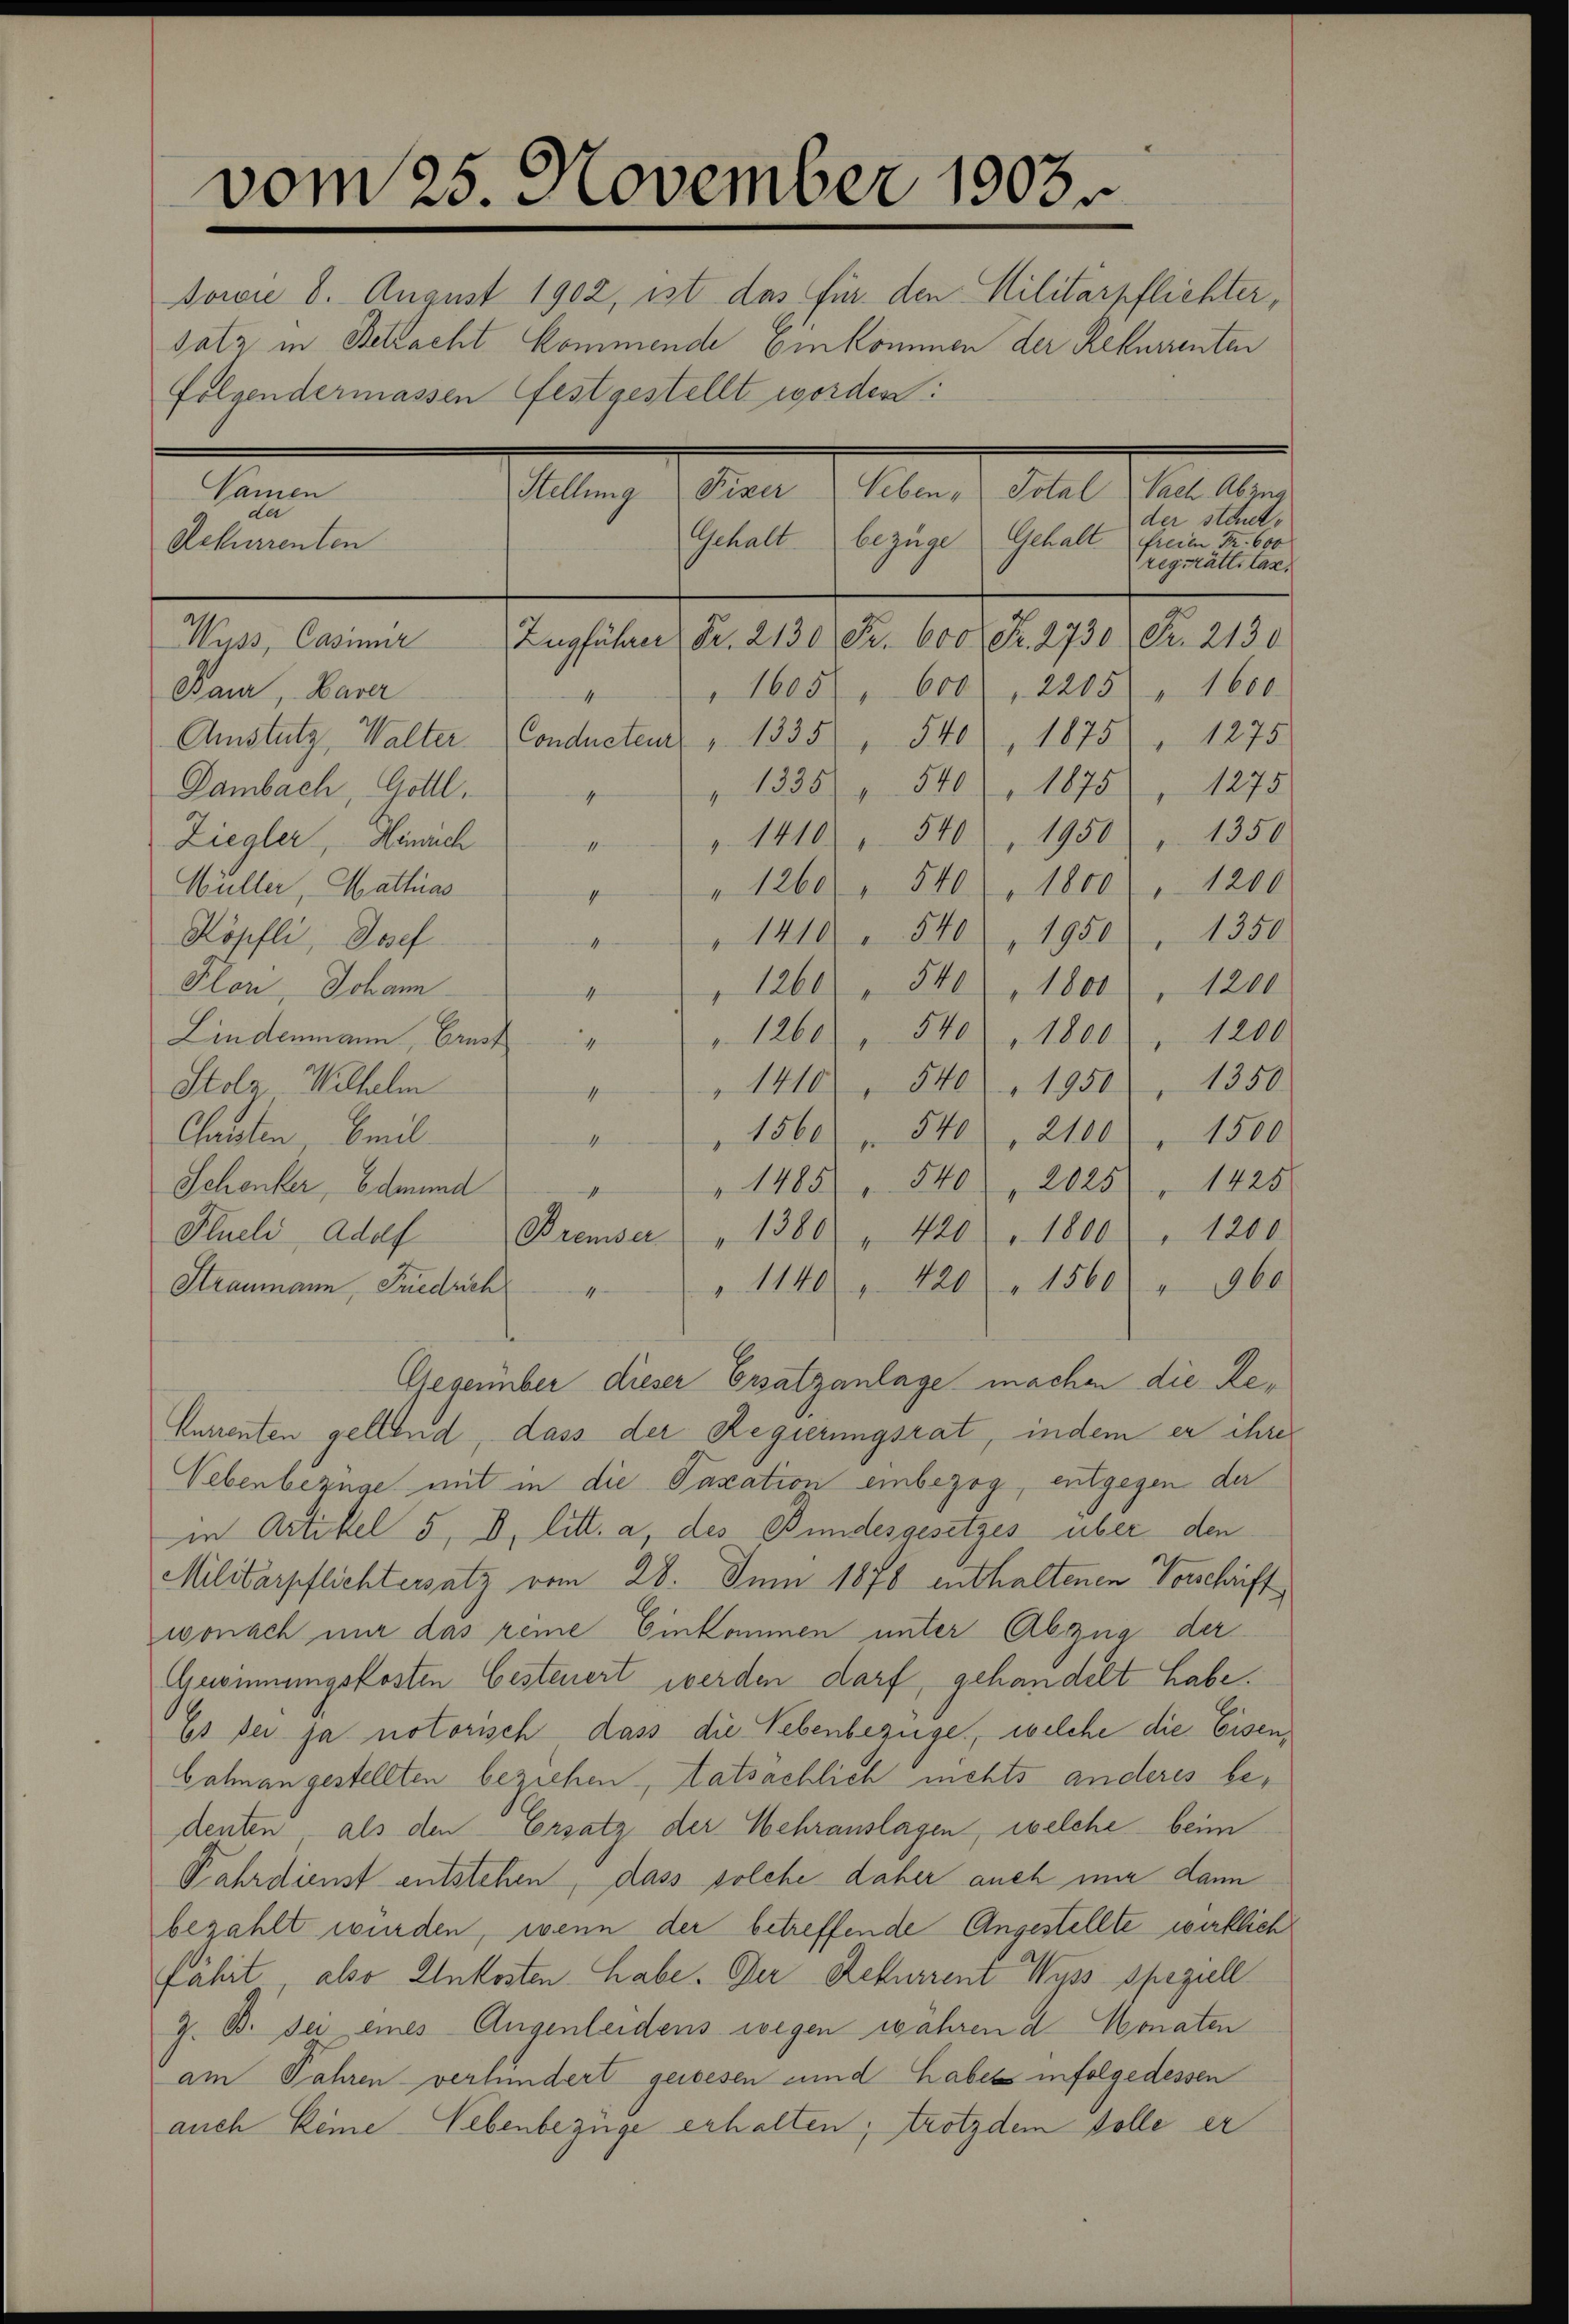
Rekurrenten

vom 25. November 1903
Sowie 8. August 1902, ist das für den Militärpflichter,
satz in Betracht kommende Einkommen der Rekurrenten
folgendermassen festgestellt worden:
Namen
llung der Peten die l. Juni ben
der
der stiret.

Gehalt bezüge Gehalt freien Fr. 600
regträtl. tax
Wyss, Casinner Zugführer Fr. 2130 Fr. 600 Fr. 2730 Fr. 2130
1605 f. 600, 2205 " 1600
Baur, Barer
4
Amstutz, Walter Conducteur " 1335, 540), 1875 " 1275
" 1335 " 540, 1875, 1273
Dambach, Gottl.
s
" 1410. 540, 1950) " 1350
Ziegler, Heinrich
offe
" " 1260 " 540. 1800 " 1200
Wüller, Mathias
1410. 540, 1950, 1350
Köpfli, Josef
4
"1260 " 540 " 1000, 1200
Plon, Johann
4
" 1260 " 540, 1800 " 1200
Lindenmann, Ernst
chen
1410. 540 " 1950, 1350
Stolz - Wilhelm
4
1560 " 540 2100 " 1500
Chaisten, beil
4
1485 " 540, 2025 " 1425
Schenker, Edmund
Plueli Adolf
" 1380 " 440 " 1800 " 1200.
Bremser
"1140 420 " 1560 " 960
Straumann, Friedrich
Gegenüber dieser Ersatzanlage machen die Re¬
Currenten geltend, dass der Regierungsrat, indem er ihre
Nebenbezüge mit in die Taxation einbezog, entgegen der
in Artikel 5, D. litt. a, des Bundesgesetzes über den
Militärpflichtersatz vom 28. Juni 1878 enthaltenen Vorschäft
wonach mir das reine Einkommen unter Abzug der
Gromnungskosten besteuert werden darf, gehandelt habe.
Es sei ja notorisch dass die Nebenbezüge, welche die Eisen
bahnangestellten beziehen, tatsächlich nichts anderes bedenten, als den Ersatz der Wehrauslagen, welche beim
Kahrdienst entstehen, dass solche daher auch nur dann
bezahlt wurden, wenn der betreffende Angestellte wirklich
fährt, also Unkosten habe. Der Rekurrent Wyss speziell
Z. B. sei eines Augenleidens wegen wahren d. Monaten
am Jahren - verhindert gewesen und habes infolgedessen
auch keine Nebenbezüge erhalten; trotzdem Volle er

¬
¬